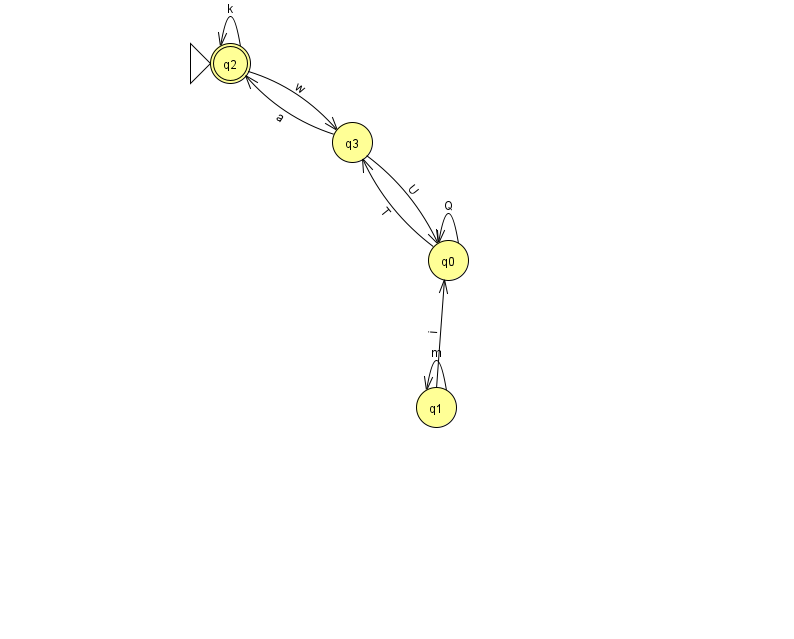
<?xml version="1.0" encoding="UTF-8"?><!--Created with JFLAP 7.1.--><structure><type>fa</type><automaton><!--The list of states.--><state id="0" name="q0"><x>448.0</x><y>247.0</y></state><state id="1" name="q1"><x>436.0</x><y>394.0</y></state><state id="2" name="q2"><x>230.0</x><y>50.0</y><initial/><final/></state><state id="3" name="q3"><x>352.0</x><y>129.0</y></state><!--The list of transitions.--><transition><from>0</from><to>0</to><read>Q</read></transition><transition><from>1</from><to>0</to><read>i</read></transition><transition><from>3</from><to>0</to><read>U</read></transition><transition><from>0</from><to>3</to><read>T</read></transition><transition><from>2</from><to>3</to><read>w</read></transition><transition><from>2</from><to>2</to><read>k</read></transition><transition><from>1</from><to>1</to><read>m</read></transition><transition><from>3</from><to>2</to><read>a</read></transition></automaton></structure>